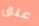
علق